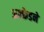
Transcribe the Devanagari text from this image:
अल्फ्रेडने